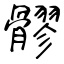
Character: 髎